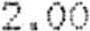
2.00